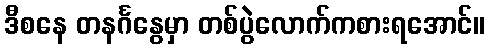
ဒီစနေ တနင်္ဂနွေမှာ တစ်ပွဲလောက်ကစားရအောင်။